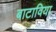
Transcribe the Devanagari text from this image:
बाटाविया